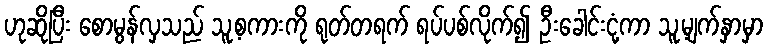
ဟုဆိုပြီး စောမွန်လှသည် သူ့စကားကို ရုတ်တရက် ရပ်ပစ်လိုက်၍ ဦးခေါင်းငုံ့ကာ သူ့မျက်နှာမှာ